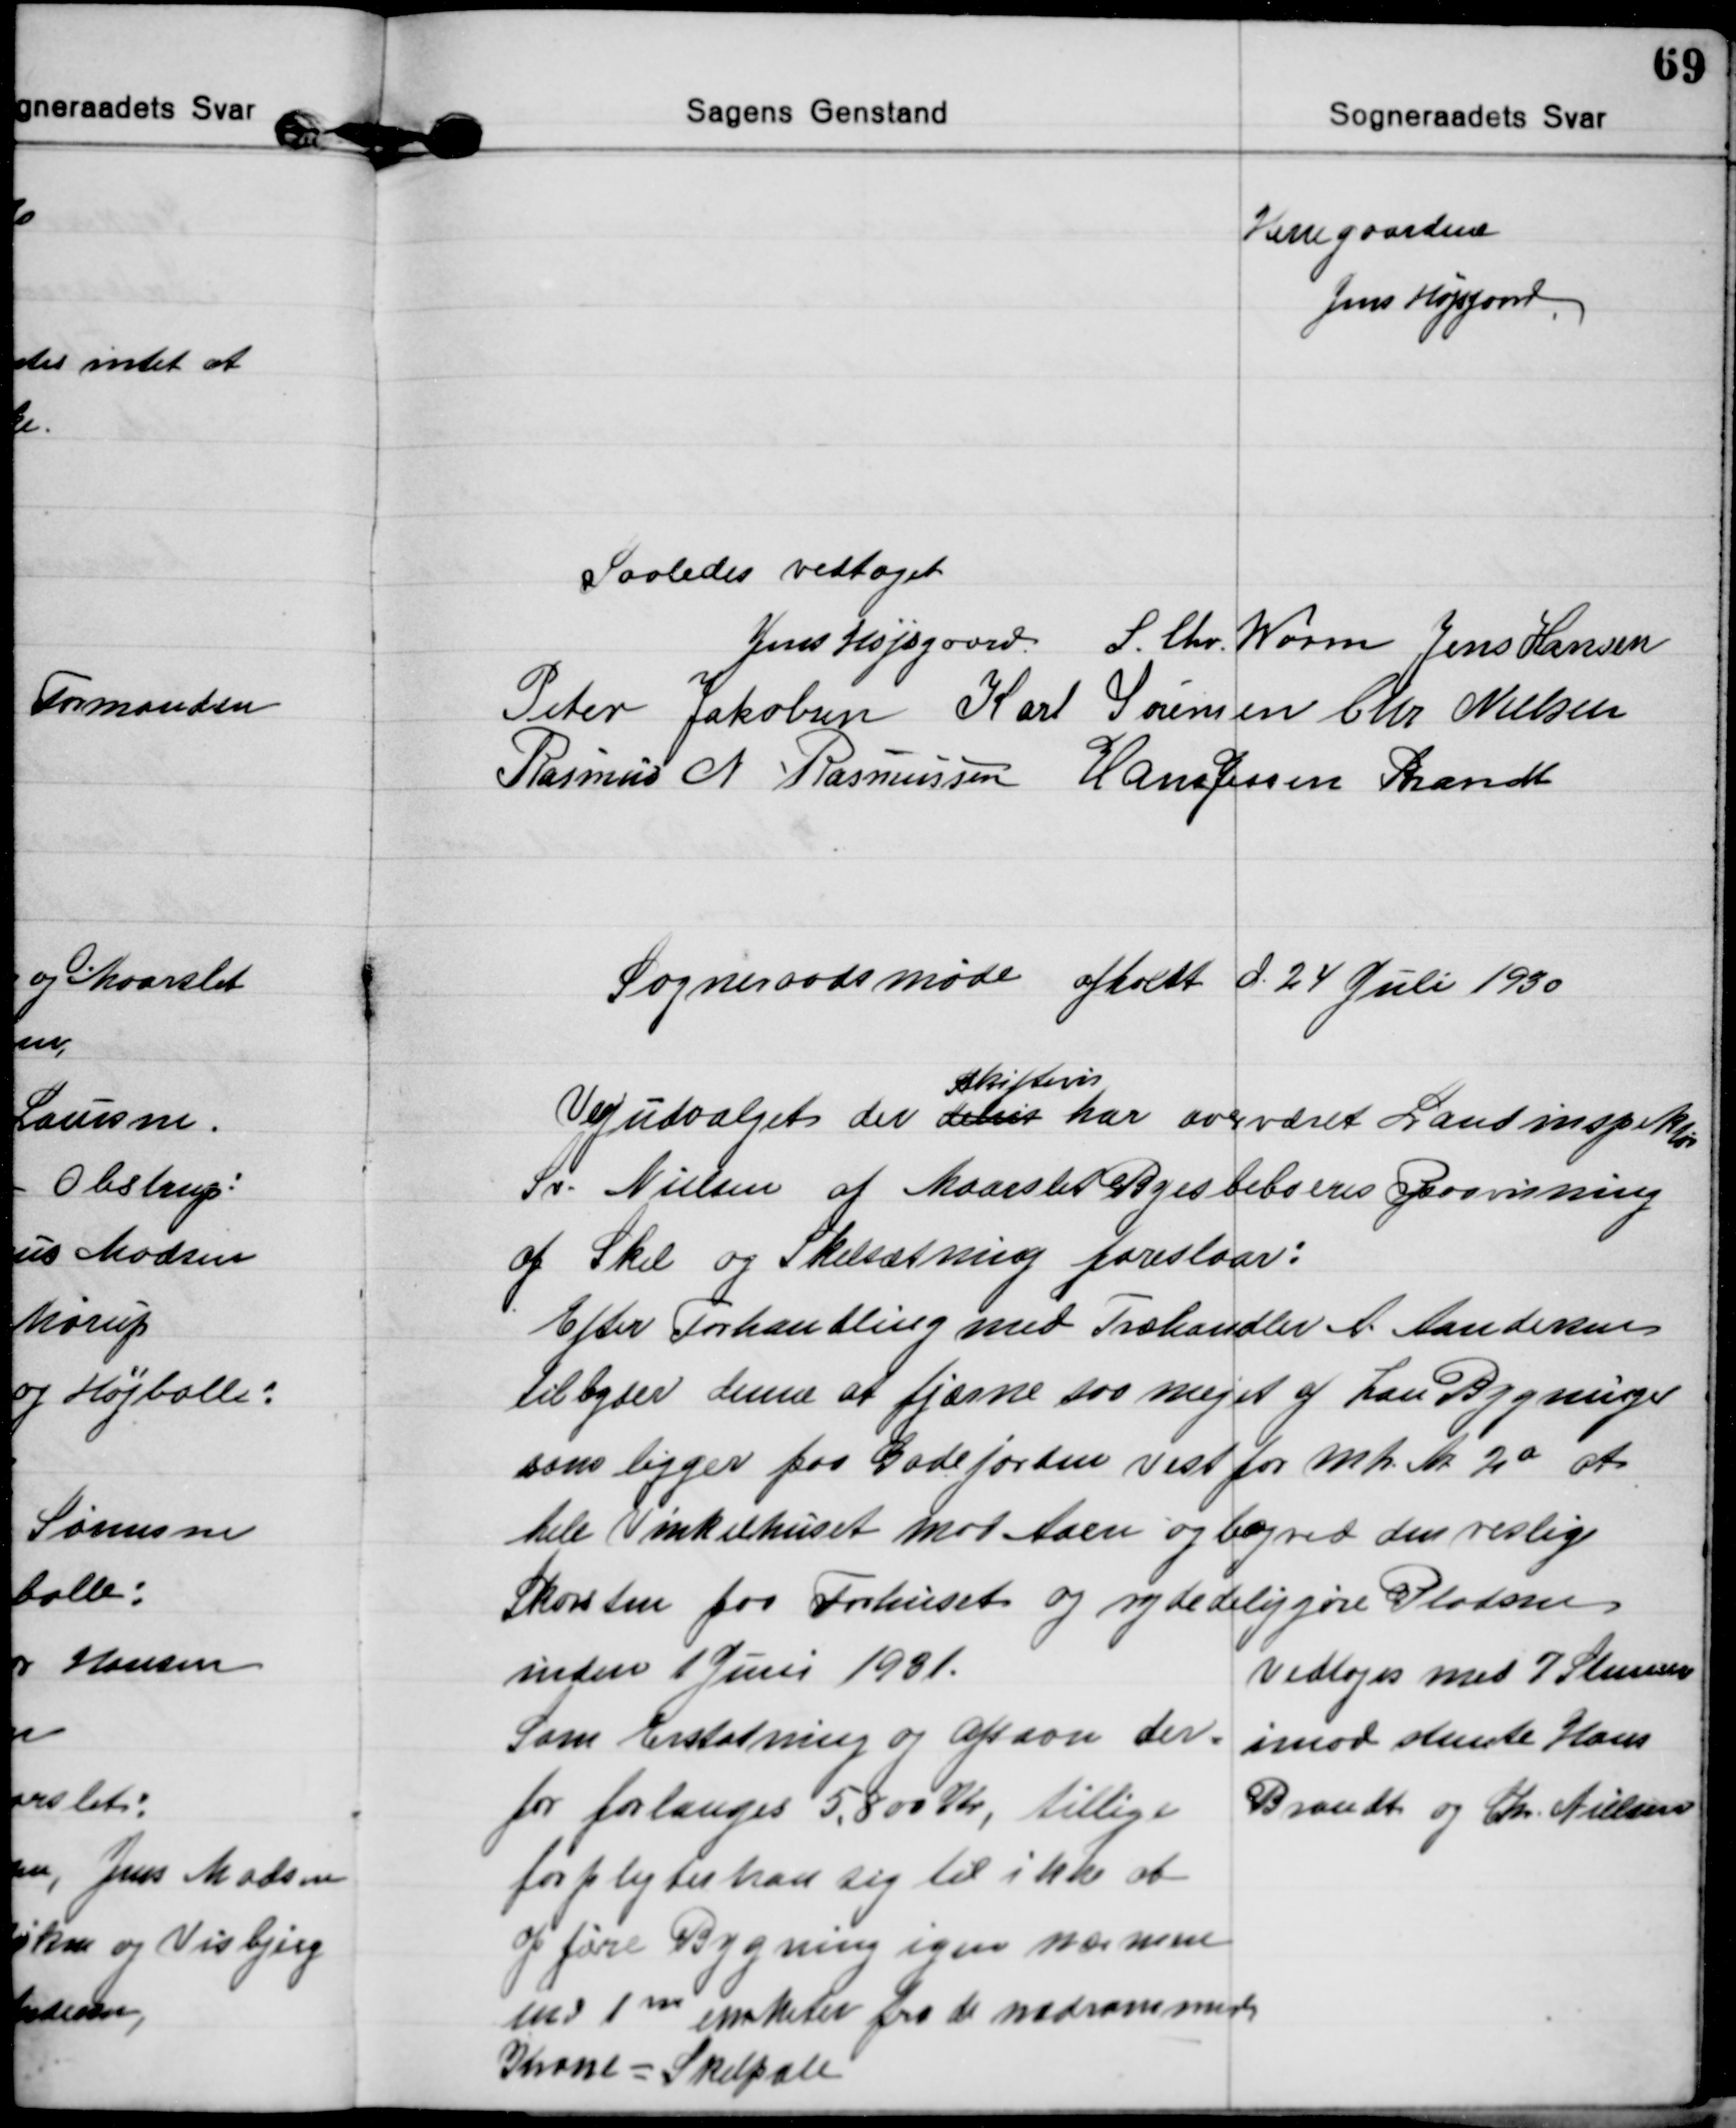
Transskription:
Herregaardene
Jens Højsgarrd

Saaledes vedtaget
Jens Højsgaard S. Chr. Worm Jens Hansen
Peter Jakobsen Karl Sørensen Chr. Nielsen
Rasmus N. Rasmussen Hans Jessen Brandt

Sogneraadsmøde afholdt d. 24 Juli 1930

Vejudvalget der delvis 
skiftevis
har overværet Landinspektør
Sv. Nielsen af Maarslet Byes beboeres Paavisning
af Skel og Skelsætning foreslaar:
Efter Forhandling med Træhandler A. Andersen
tilbyder denne at fjærne saa meget af han Bygninger
som ligger paa Gadejorden vest for Mtr. Nr 2a at
hele Vinkelhuset mod Aaen og bagved den veslig
Skorsten paa Forhuset og rydedeliggøre Pladsen
inden 1 Juni 1931.
Som Erstatning og Afsavn der=
for forlanges 5.800 Kr, tillige
forpligter han sig til ikke at
opføre Bygning igen nærmere
end 1m een Meter fra de nedrammede
Krone = Skelpæle
Vedtoges med 7 Stemmer
imod stemte Hans
Brandt og Chr. Nielsen